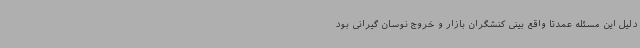
دلیل این مسئله عمدتا واقع بینی کنشگران بازار و خروج نوسان گیرانی بود